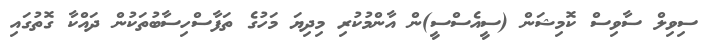
ސިވިލް ސާވިސް ކޮމިޝަން (ސީއެސްސީ)ން އާންމުކުރި މިދިޔަ މަހުގެ ތަފާސްހިސާބުތަކުން ދައްކާ ގޮތުގައި